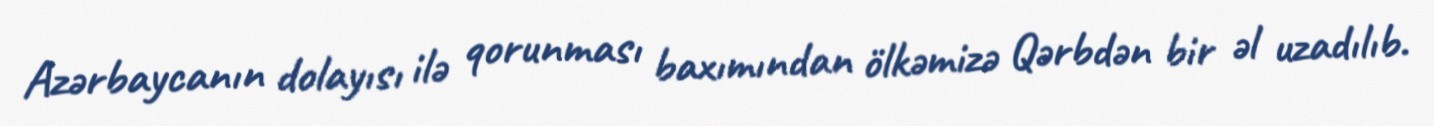
Azərbaycanın dolayısı ilə qorunması baxımından ölkəmizə Qərbdən bir əl uzadılıb.